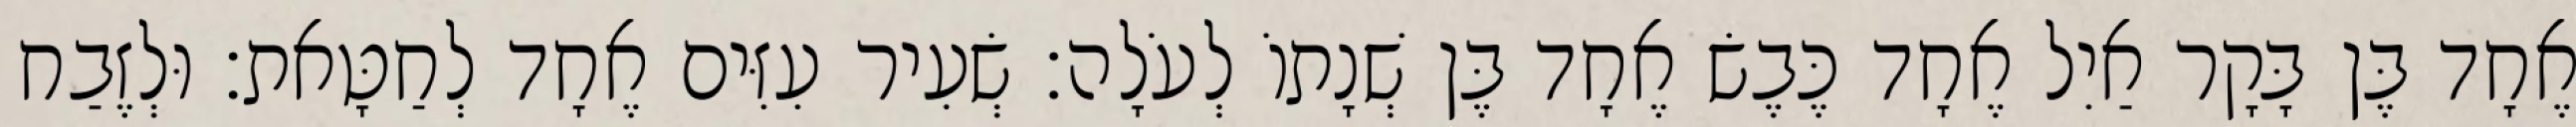
אֶחָד בֶּן בָּקָר אַיִל אֶחָד כֶּבֶשׂ אֶחָד בֶּן שְׁנָתוֹ לְעֹלָה׃ שְׂעִיר עִזִּים אֶחָד לְחַטָּאת׃ וּלְזֶבַח